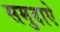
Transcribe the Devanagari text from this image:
समुदाऐ